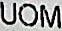
UOM